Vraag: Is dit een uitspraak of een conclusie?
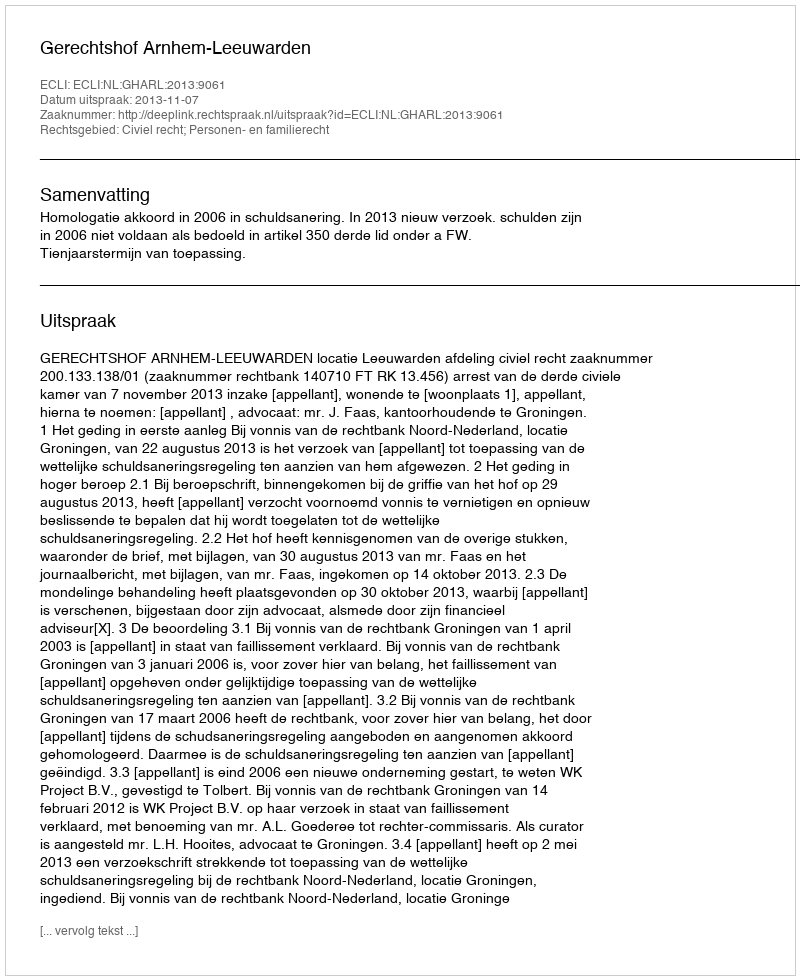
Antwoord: Uitspraak